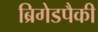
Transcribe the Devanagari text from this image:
ब्रिगेडपैकी